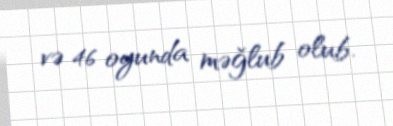
və 46 oyunda məğlub olub.